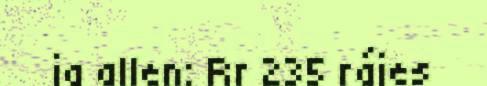
ja allen: Rr 235 rájes